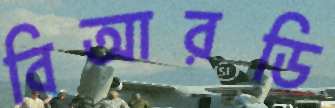
বিআরডি